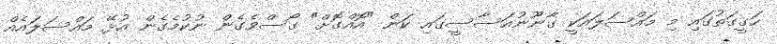
ހަގީގަތުގައި މި މައްސަލައަކީ ގާނޫނުއަސާސީގައި ކަން "އޮއްގޮށް" ގޯސްވެގެން ނުކުމެގެން އުޅޭ މައްސަލައެއް